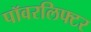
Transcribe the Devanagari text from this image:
पॉवरलिफ्टर